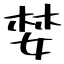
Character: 婪